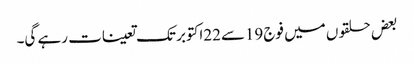
بعض حلقوں میں فوج 19سے22اکتوبر تک تعینات رہے گی۔